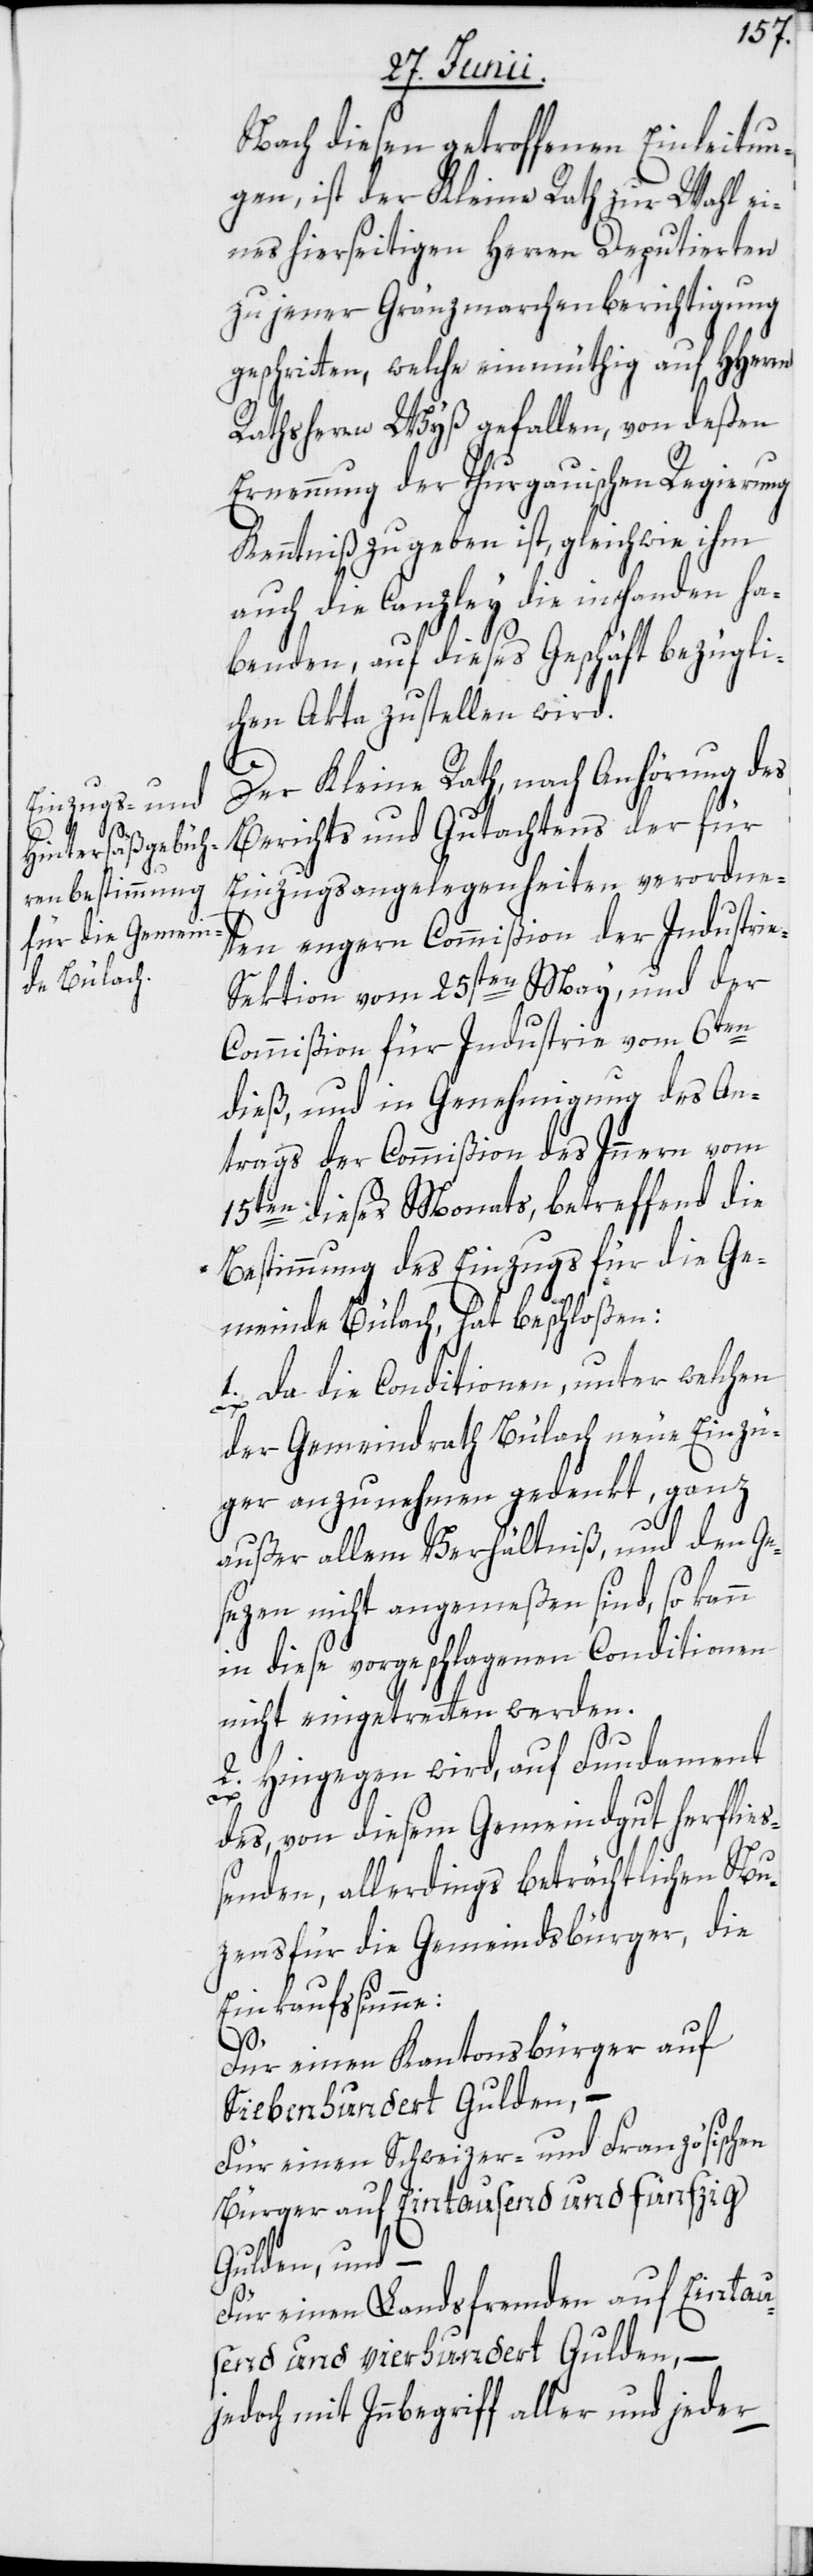
Nach diesen getroffenen Einleitun¬
gen, ist der Kleine Rath zur Wahl ei¬
nes hierseitigen Herren Deputierten
zu jener Grenzmarchenberichtigung
geschritten, welche einmüthig auf HHerrn
Rathsherrn Wyß gefallen, von deßen
Ernennung der Thurgauischen Regierung
Kenntniß zu geben ist, gleichwie ihm
auch die Canzley die in Handen ha¬
benden, auf dieses Geschäft bezügli¬
chen Akta zustellen wird.
Der Kleine Rath, nach Anhörung des
Berichts und Gutachtens der für
Einzugsangelegenheiten verordne¬
ten engern Commißion der Industrie-S¬
ektion vom 25sten May, und der
Commißion für Industrie vom 6ten
dieß, und in Genehmigung des An¬
trags der Commißion des Innern vom
15ten dieses Monats, betreffend die
Bestimmung des Einzugs für die Ge¬
meinde Bülach, hat beschloßen:
1. Da die Conditionen, unter welchen
der Gemeindrath Bülach neue Einzü¬
ger anzunehmen gedenkt, ganz
außer allem Verhältniß, und den Ge¬
sezen nicht angemeßen sind, so kann
in diese vorgeschlagenen Conditionen
nicht eingetretten werden.
2. Hingegen wird, auf Fundament
des, von diesem Gemeindgut herfließ¬
enden, allerdings beträchtlichen Nu¬
zens für die Gemeindsbürger, die
Einkaufssumme:
Für einen Kantonsbürger auf
Siebenhundert Gulden, –
Für einen Schweizer- und Französischen
Bürger auf Eintausend und fünfzig
Gulden, und –
Für einen Landsfremden auf Eintau¬
send und vierhundert Gulden, –
jedoch mit Innbegriff aller und jeder